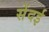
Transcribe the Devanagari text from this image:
सेंदई